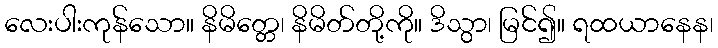
လေးပါးကုန်သော။ နိမိတ္တေ၊ နိမိတ်တို့ကို။ ဒိသွာ၊ မြင်၍။ ရထယာနေန၊